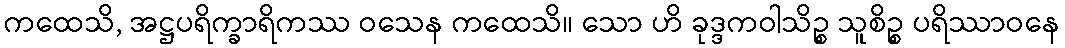
ကထေသိ, အဋ္ဌပရိက္ခာရိကဿ ဝသေန ကထေသိ။ သော ဟိ ခုဒ္ဒကဝါသိဉ္စ သူစိဉ္စ ပရိဿာဝနေ